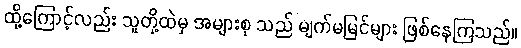
ထို့ကြောင့်လည်း သူတို့ထဲမှ အများစု သည် မျက်မမြင်များ ဖြစ်နေကြသည်။